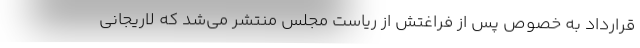
قرارداد به خصوص پس از فراغتش از ریاست مجلس منتشر می‌شد که لاریجانی